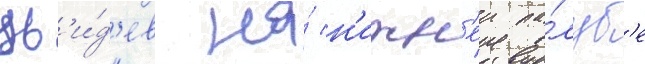
Ув'и́д'ев на́ н'ижн'еи па́луб'е